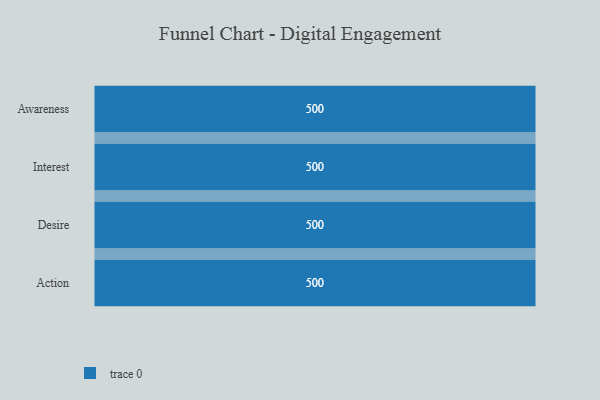
{"axis": {"x": "Stage", "y": "Value"}, "legend": [""], "data": [{"x": "Awareness", "y": 500, "type": ""}, {"x": "Interest", "y": 500, "type": ""}, {"x": "Desire", "y": 500, "type": ""}, {"x": "Action", "y": 500, "type": ""}]}